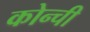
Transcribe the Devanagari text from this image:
कोन्ची